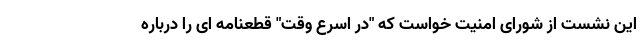
این نشست از شورای امنیت خواست که "در اسرع وقت" قطعنامه ای را درباره